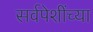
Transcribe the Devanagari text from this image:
सर्वपेशींच्या